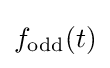
f_{\text{odd}}(t)